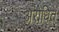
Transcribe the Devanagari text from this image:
अरोधित